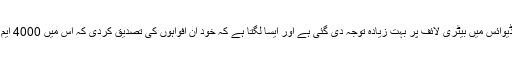
بیٹری/اسٹوریج/ پرفارمنس سام سنگ نے خود واضح کیا ہے کہ اس نئی ڈیوائس میں بیٹری لائف پر بہت زیادہ توجہ دی گئی ہے اور ایسا لگتا ہے کہ خود ان افواہوں کی تصدیق کردی کہ اس میں 4000 ایم اے ایچ بیٹری دی جارہی ہے جو کہ نوٹ 8 میں 3300 ایم اے ایچ تھی۔